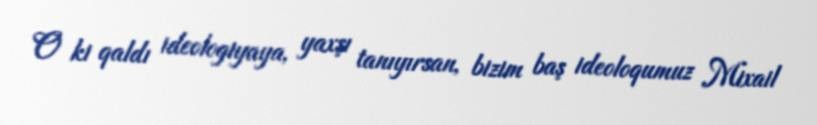
O ki qaldı ideologiyaya, yaxşı tanıyırsan, bizim baş ideoloqumuz Mixail